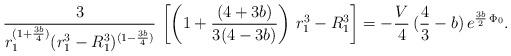
LaTeX: \begin{align*}{ 3 \over r_1^{ ( 1 + { 3 b \over 4})} (r_1^3 - R_1^3)^{ ( 1 - { 3 b \over 4})} }\,\left[ \left( 1 + {(4 + 3 b) \over 3(4 - 3 b)} \right) \, r_1^3 - R_1^3 \right] = - { V \over 4 } \, ( {4 \over 3 } - b) \, e^{ { 3b \over 2 } \, \Phi_0} .\end{align*}